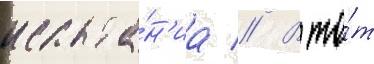
испыта́н'иа // В то́т